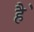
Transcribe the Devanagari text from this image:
है॓